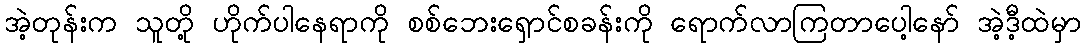
အဲ့တုန်းက သူတို့ ဟိုက်ပါနေရာကို စစ်ဘေးရှောင်စခန်းကို ရောက်လာကြတာပေါ့နော် အဲ့ဒီ့ထဲမှာ